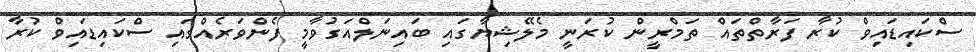
ސްކައިޑައިވް ކުރާ ފަރާތްތައް ތަމްރީން ކުރަނީ މެލޭޝިޔާގައި ބައިނަލްއަގުވާމީ ފެންވަރެއްގައި ސްކައިޑައިވް ކުރާ